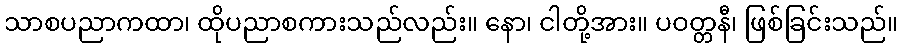
သာစပညာကထာ၊ ထိုပညာစကားသည်လည်း။ နော၊ ငါတို့အား။ ပဝတ္တနီ၊ ဖြစ်ခြင်းသည်။